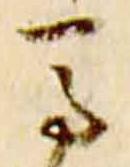
馬